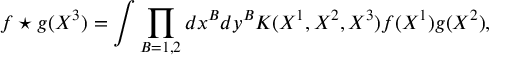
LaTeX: f \star g ( X ^ { 3 } ) = \int \prod _ { B = 1 , 2 } d x ^ { B } d y ^ { B } K ( X ^ { 1 } , X ^ { 2 } , X ^ { 3 } ) f ( X ^ { 1 } ) g ( X ^ { 2 } ) ,